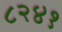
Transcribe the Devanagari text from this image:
८२४१